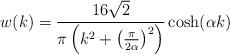
LaTeX: \begin{align*}w(k)=\frac{16\sqrt{2}}{\pi \left( k^{2}+\left( \frac{\pi }{2\alpha }\right)^{2}\right) }\cosh (\alpha k)\end{align*}